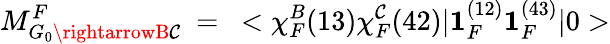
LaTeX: M_{G_{0}\rightarrowB\mathcal{C}}^{F}~=~<\chi_{F}^{B}(13)\chi_{F}^{\mathcal{C}}(42)|{\mathbf{{1}}}_{F}^{(12)}{\mathbf{{1}}}_{F}^{(43)}|0>